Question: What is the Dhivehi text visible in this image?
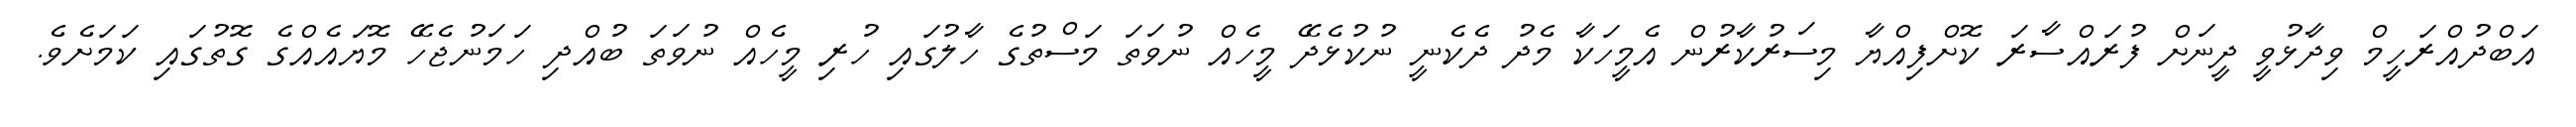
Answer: އަބްދުއްރަހީމް ވިދާޅުވީ ދީނަށް ފުރައްސާރަ ކޮށްފިއްޔާ މިސަރުކާރުން އެމީހަކާ މެދު ދެކެނީ ނުކުޅެދޭ މީހެއް ނުވަތަ މަސްތުގެ ހާލުގައި ހުރި މީހެއް ނުވަތަ ބުއްދި ހަމަނުޖެހޭ މޮޔައެއްގެ ގޮތުގައި ކަމަށެވެ.